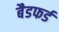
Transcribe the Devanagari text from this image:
बैडफर्ड